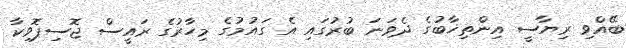
ބޭއްވި ރިޔާސީ އިންތިޚާބުގެ ދެވަނަ ބުރުގައި އެ ގައުމުގެ މިހާރުގެ ރައީސް ޖޮސިޕޮވިކާ